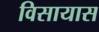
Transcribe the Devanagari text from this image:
विसायास